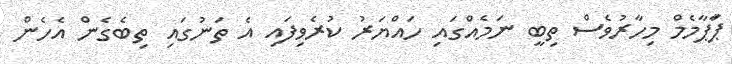
ޕަާޕާމެމް މިހާރުވެސް ތިބީ ނަމެއްގައި ހައްޔަރު ކުރެވިފައި އެ ތަނުގައި ތިބެގެން އެހެން